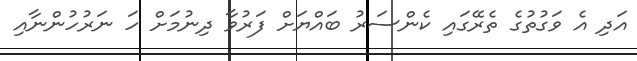
އަދި އެ ވަގުތުގެ ތެރޭގައި ކެންސަރު ބައްޔަށް ފަރުވާ ދިނުމަށް ހަ ނަރުހުންނާއި